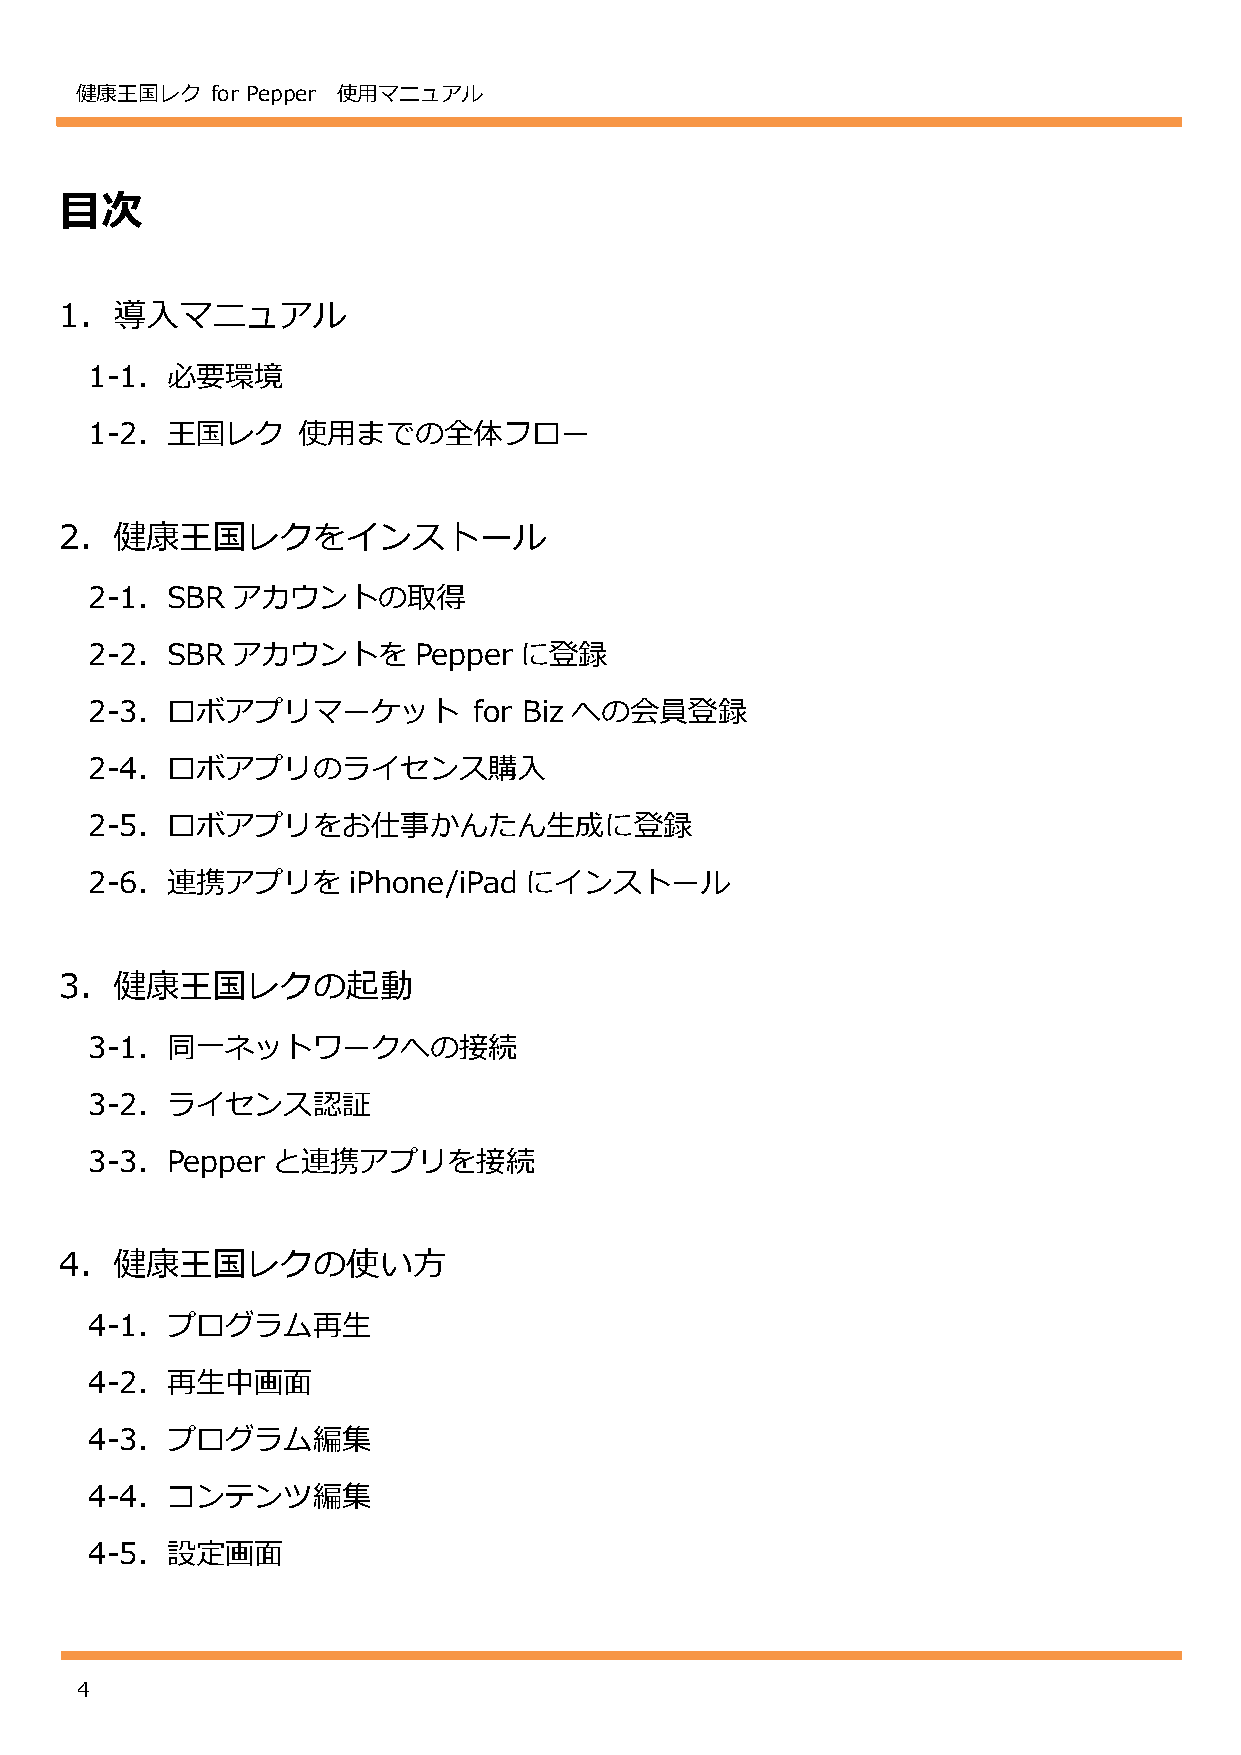
健康王国レク   for Pepper 使用マニュアル
 目次
 1．導入マニュアル
 1-1．必要環境
 1-2．王国レク      使用までの全体フロー
 2．健康王国レクをインストール
 2-1．SBR  アカウントの取得
 2-2．SBR  アカウントを      Pepper に登録
 2-3．ロボアプリマーケット           for Biz への会員登録
 2-4．ロボアプリのライセンス購入
 2-5．ロボアプリをお仕事かんたん生成に登録
 2-6．連携アプリを       iPhone/iPad にインストール
 3．健康王国レクの起動
 3-1．同一ネットワークへの接続
 3-2．ライセンス認証
 3-3．Pepper  と連携アプリを接続
 4．健康王国レクの使い方
 4-1．プログラム再生
 4-2．再生中画面
 4-3．プログラム編集
 4-4．コンテンツ編集
 4-5．設定画面
 4